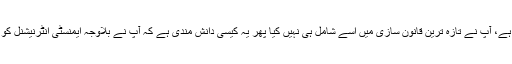
ایک کام آپ نے کرنا ہی نہیں ہے، آپ نے تازہ ترین قانون سازی میں اسے شامل ہی نہیں کیا پھر یہ کیسی دانش مندی ہے کہ آپ نے بلاوجہ ایمنسٹی انٹرنیشنل کو انگلی اٹھانے کا موقع دے دیا۔